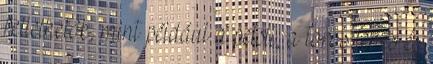
fellelhetôk, mint például a peisli, a toros leves és